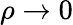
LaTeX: \rho\rightarrow 0